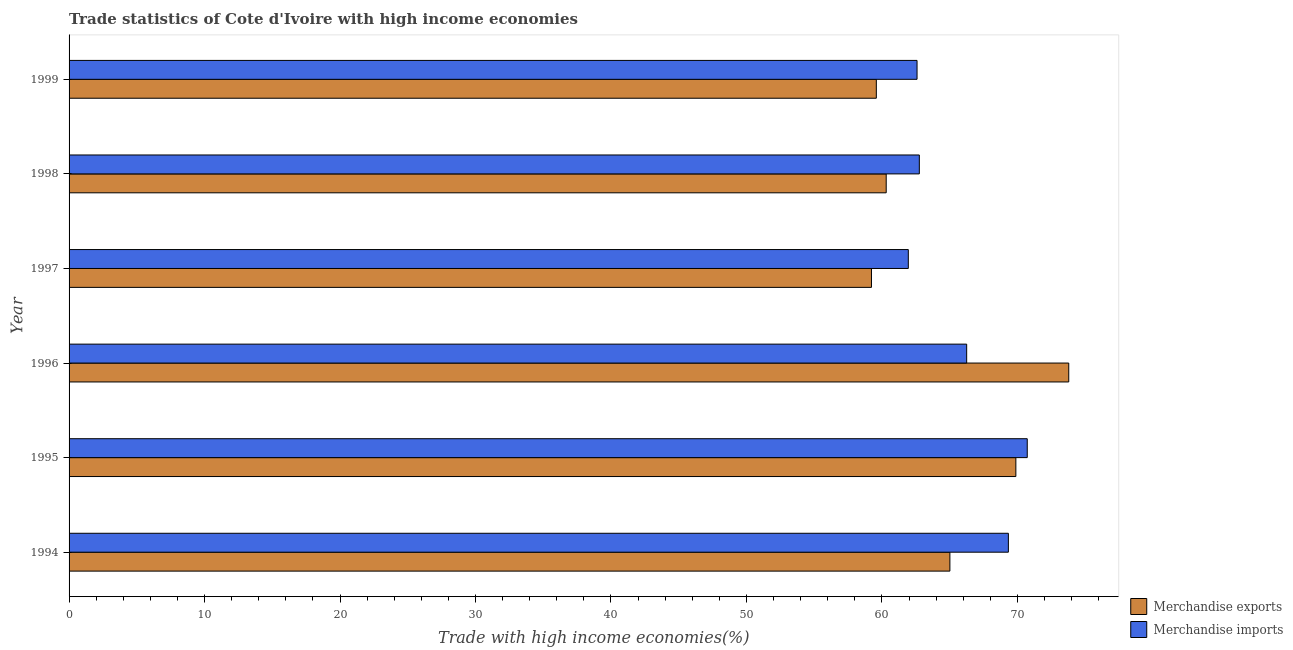
| Year | Merchandise exports | Merchandise imports |
 | --- | --- | --- |
 | 1994 | 65 | 69.3 |
 | 1995 | 69.9 | 70.7 |
 | 1996 | 73.8 | 66.3 |
 | 1997 | 59.2 | 61.9 |
 | 1998 | 60.3 | 62.8 |
 | 1999 | 59.6 | 62.6 |